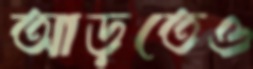
আড়তেও